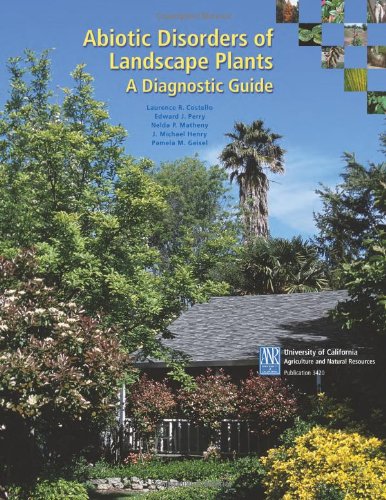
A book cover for Abiotic Disorders of Landscape Plants; Laurence R. Costello; Science & Math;